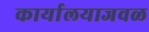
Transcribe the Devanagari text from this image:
कार्यालयाजवळ